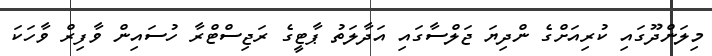
މިލަންދޫގައި ކުރިއަށްގެ ންދިޔަ ޖަލްސާގައި އަދާލަތު ޕާޓީގެ ރަޖިސްޓްރާ ހުސައިން ވާފިރް ވާހަކަ